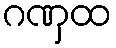
ဂဏှထ